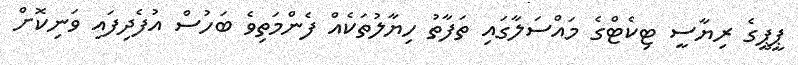
ޕީޕީގެ ރިޔާސީ ޓިކެޓްގެ މައްސަލާގައި ތަފާތު ހިޔާލުތަކެއް ފެންމަތިވެ ބަހުސް އުފެދިފައި ވަނިކޮށް